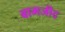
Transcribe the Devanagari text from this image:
बामजीद